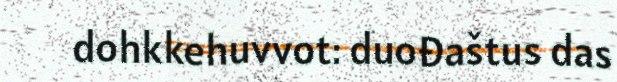
dohkkehuvvot: duođaštus das